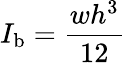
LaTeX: I_{\mathrm{b}}=\frac{wh^{3}}{12}